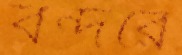
বন্দরে